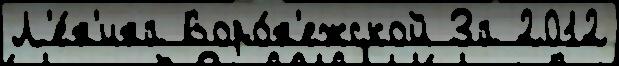
Л'е́н'ина Воро́н'ежской За 2012